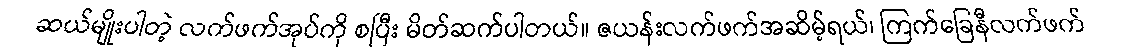
ဆယ်မျိုးပါတဲ့ လက်ဖက်အုပ်ကို စပြီး မိတ်ဆက်ပါတယ်။ ဇယန်းလက်ဖက်အဆိမ့်ရယ်၊ ကြက်ခြေနီလက်ဖက်